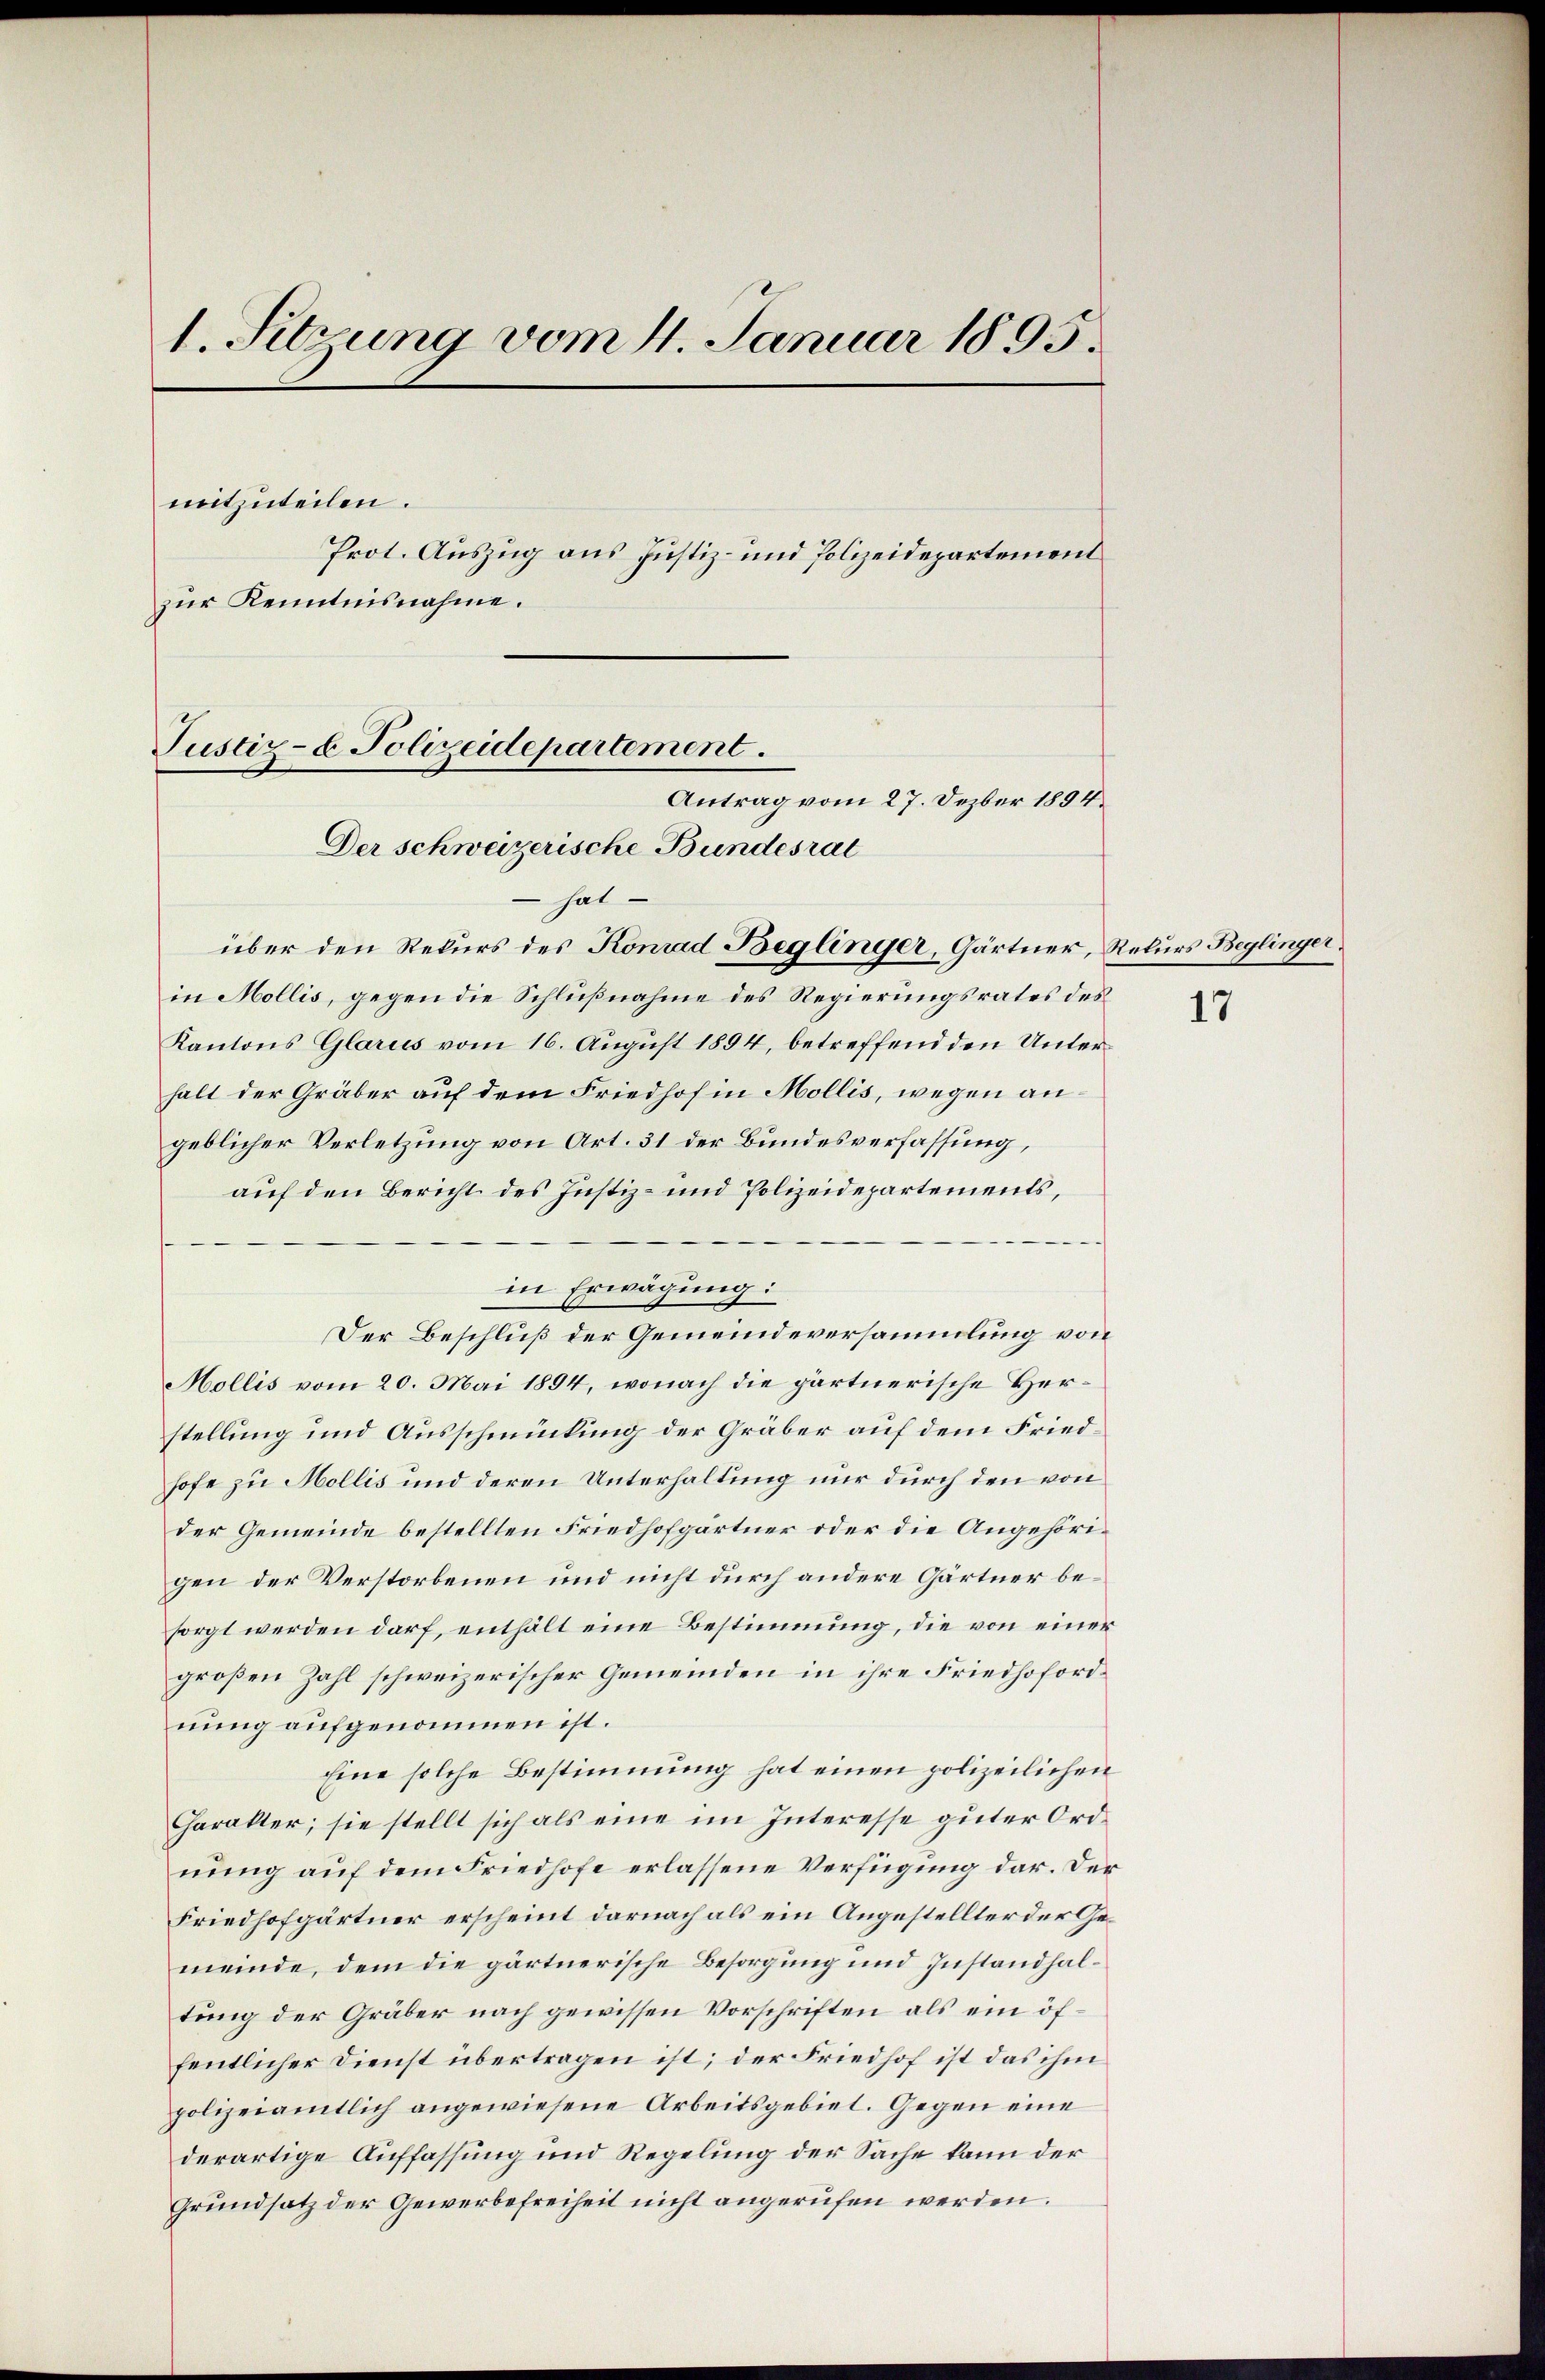
1. Sitzung vom 4. Januar 1895.
mitzuteilen.
Prot. Auszug aus Justiz- und Polizeidepartement
zur Kenntnisnahme.

Justiz- & Polizeidepartement.
Antrag vom 27. Dezber 1894.

Der schweizerische Bundesrat
 hat
über den Rekurs des Konrad Beglinger, Gärtner, Rekurs Beglinger.
in Mollis, gegen die Schlußnahme des Regierungsrates des
Kantons Glarus vom 16. August 1894, betreffend den Unterhalt der Gräber auf dem Friedhof in Mollis, wegen angeblicher Verletzung von Art. 31 der Bundesverfassung,
auf den Bericht des Justiz- und Polizeidepartements,
in Erwägung:
Der Beschluß der Gemeindeversammlung von
Mollis vom 20. Mai 1894, wonach die gartnerische Herstellung und Ausschmückung der Gräber auf dem Friedhofe zu Mollis und deren Unterhaltung nur durch den von
der Gemeinde bestellten Friedhofgärtner oder die Angehörigen der Verstorbenen und nicht durch andere Gärtner besorgt werden darf, enthält eine Bestimmung, die von einer
großen Zahl schweizerischer Gemeinden in ihre Friedhofordnung aufgenommen ist.
Eine solche Bestimmung hat einen polizeilichen
Charakter; sie stellt sich als eine im Interesse guter Ordnung auf dem Friedhofe erlassene Verfügung dar. Der
Friedhofgärtner erscheint darnach als ein Angestellter der Gemeinde, dem die gärtnerische Besorgung und Instandhaltung der Gräber nach gewissen Vorschriften als ein öffentlicher Dienst übertragen ist; der Friedhof ist das ihm
polizeiamtlich angewiesene Arbeitsgebiet. Gegen eine
derartige Auffassung und Regelung der Sache kann der
Grundsatz der Gewerbefreiheit nicht angerufen werden.

17